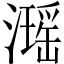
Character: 𤁓